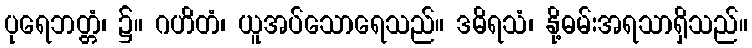
ပုရေဘတ္တံ၊ ၌။ ဂဟိတံ၊ ယူအပ်သောရေသည်။ ဒဓိရသံ၊ နို့ဓမ်းအရသာရှိသည်။